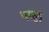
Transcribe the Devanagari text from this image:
पाहुड़